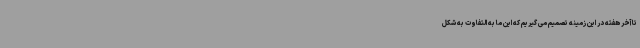
تا آخر هفته در این زمینه تصمیم می گیریم که این ما به التفاوت به شکل